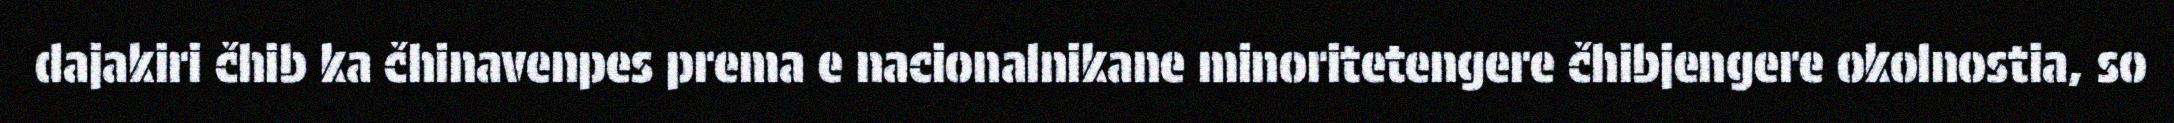
dajakiri čhib ka čhinavenpes prema e nacionalnikane minoritetengere čhibjengere okolnostia, so